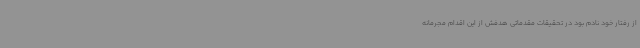
از رفتار خود نادم بود در تحقیقات مقدماتی هدفش از این اقدام مجرمانه